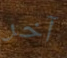
آخر